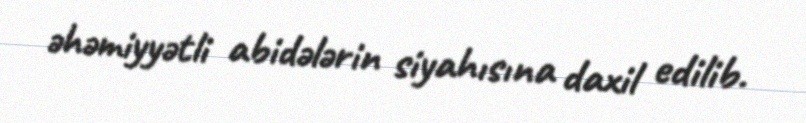
əhəmiyyətli abidələrin siyahısına daxil edilib.